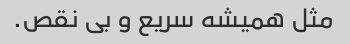
مثل همیشه سریع و بی نقص.